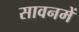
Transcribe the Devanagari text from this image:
सावनमें